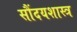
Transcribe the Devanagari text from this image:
सौंदयशास्त्र